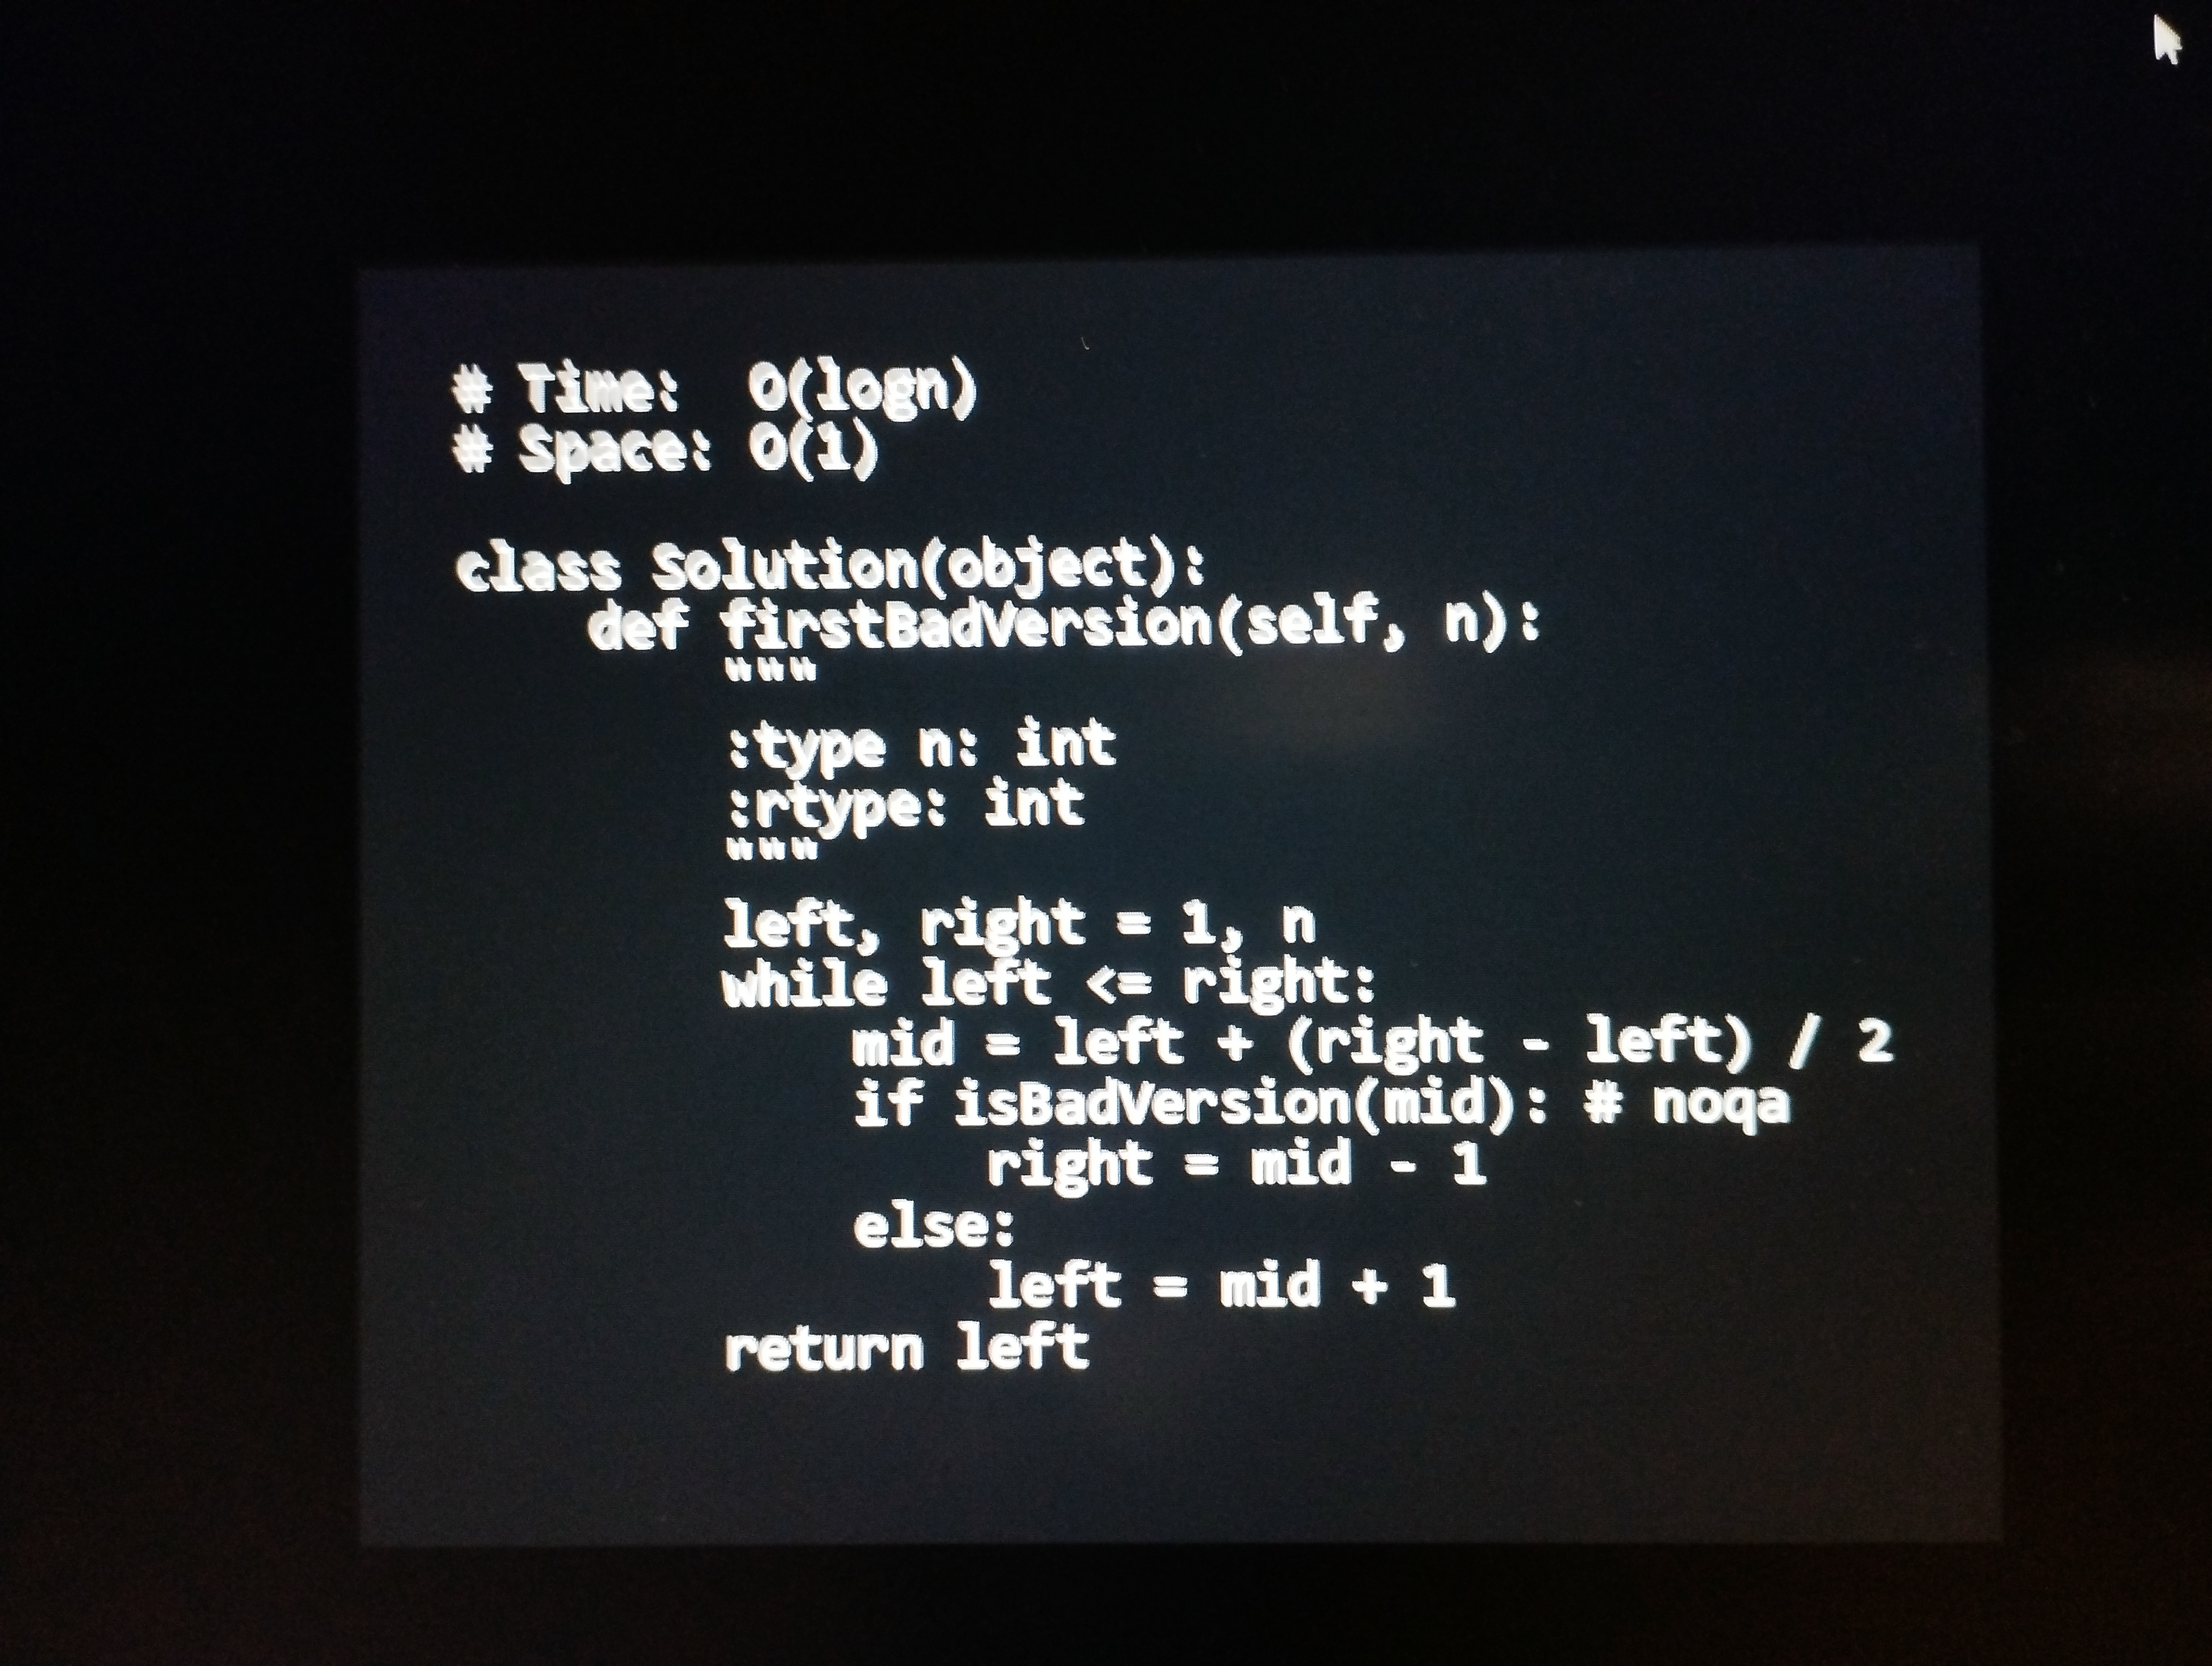
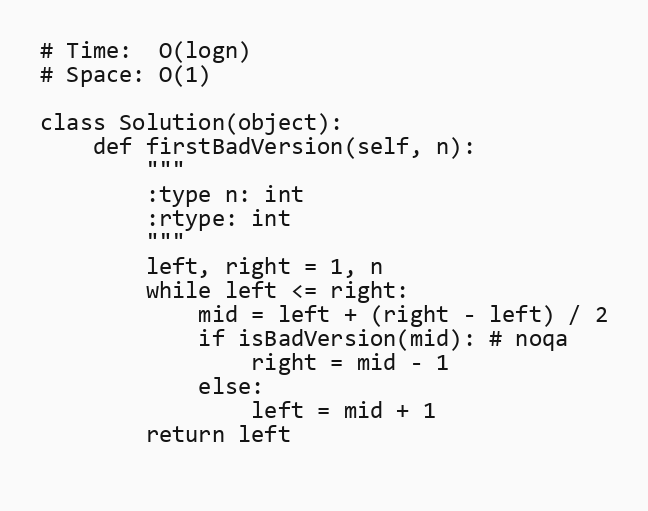
# Time:  O(logn)
# Space: O(1)

class Solution(object):
    def firstBadVersion(self, n):
        """
        :type n: int
        :rtype: int
        """
        left, right = 1, n
        while left <= right:
            mid = left + (right - left) / 2
            if isBadVersion(mid): # noqa
                right = mid - 1
            else:
                left = mid + 1
        return left